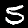
Label: 5